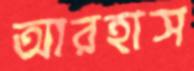
আরহাস